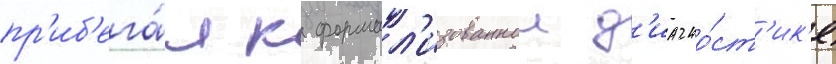
пр'иб'ега́л к формал'изованнои д'иагно́ст'ик'е